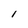
Character: l